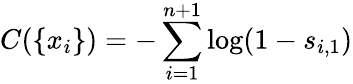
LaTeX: C(\{ x_{i}\} )=-\sum_{i=1}^{n+1}\log(1-s_{i,1})